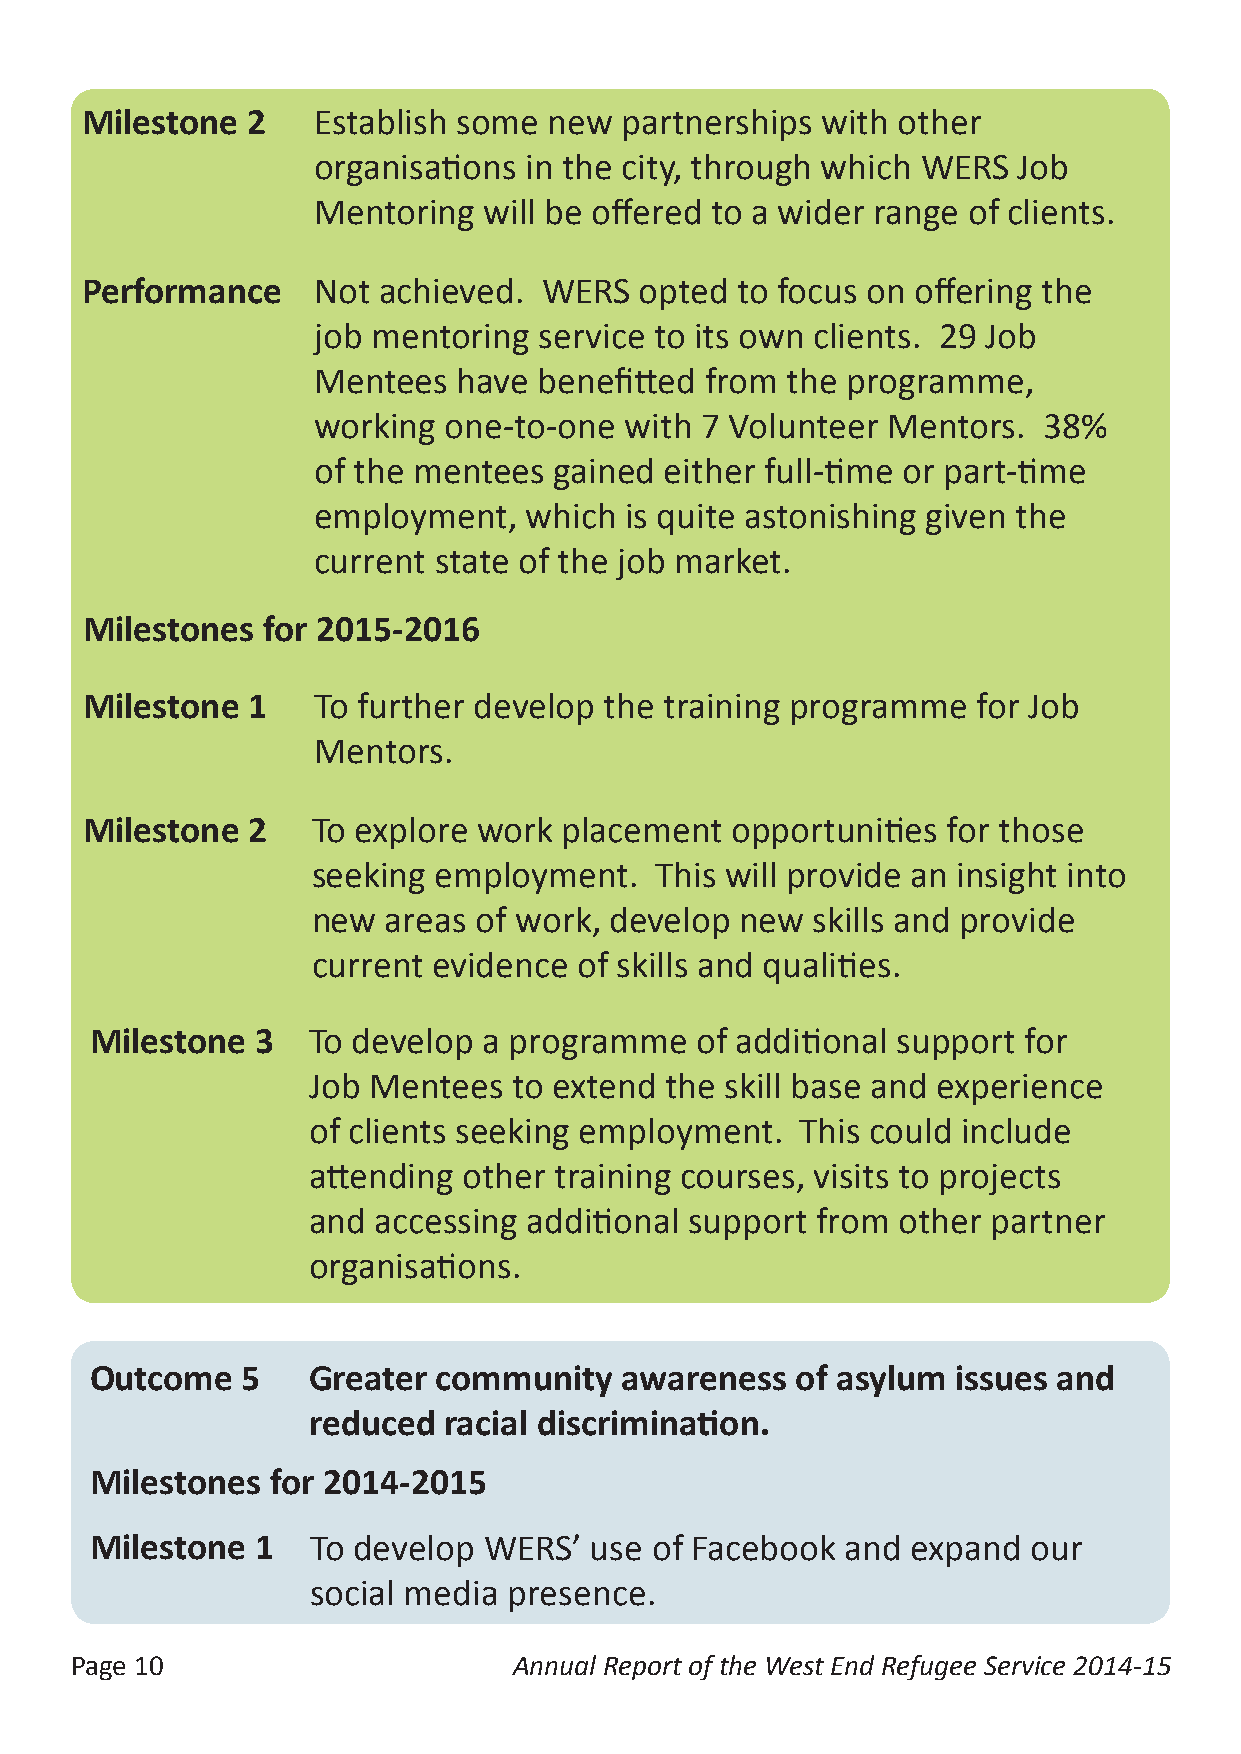
Milestone  2    Establish some new  partnerships with other
 organisations in the city, through which WERS Job
 Mentoring  will be offered to a wider range of clients.
 Performance     Not achieved.  WERS  opted  to focus on offering the
 job mentoring  service to its own clients. 29 Job
 Mentees  have  benefitted from the programme,
 working one-to-one  with 7 Volunteer  Mentors.  38%
 of the mentees  gained either full-time or part-time
 employment,   which is quite astonishing given the
 current state of the job market.
 Milestones  for 2015-2016
 Milestone  1    To further develop the training programme   for Job
 Mentors.
 Milestone  2    To explore work placement  opportunities  for those
 seeking employment.   This will provide an insight into
 new areas of work, develop  new  skills and provide
 current evidence of skills and qualities.
 Milestone  3  To develop  a programme   of additional support for
 Job Mentees   to extend the skill base and experience
 of clients seeking employment.   This could include
 attending  other training courses, visits to projects
 and  accessing additional support from other  partner
 organisations.
 Outcome   5   Greater  community   awareness   of asylum issues and
 reduced  racial discrimination.
 Milestones  for 2014-2015
 Milestone  1   To develop WERS’  use of Facebook  and expand  our
 social media presence.
 Page 10                      Annual Report of the West End Refugee Service 2014-15